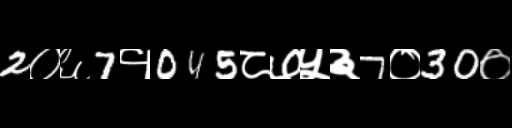
Text: 2०६7१045८७५३7०30०